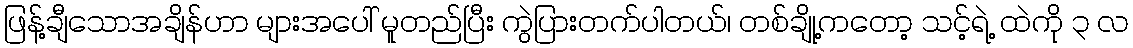
ဖြန့်ချီသောအချိန်ဟာ များအပေါ် မူတည်ပြီး ကွဲပြားတက်ပါတယ်၊ တစ်ချို့ကတော့ သင့်ရဲ့ ထဲကို ၃ လ